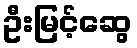
ဦးမြင့်ဆွေ